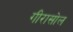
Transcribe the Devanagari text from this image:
गीरासोल